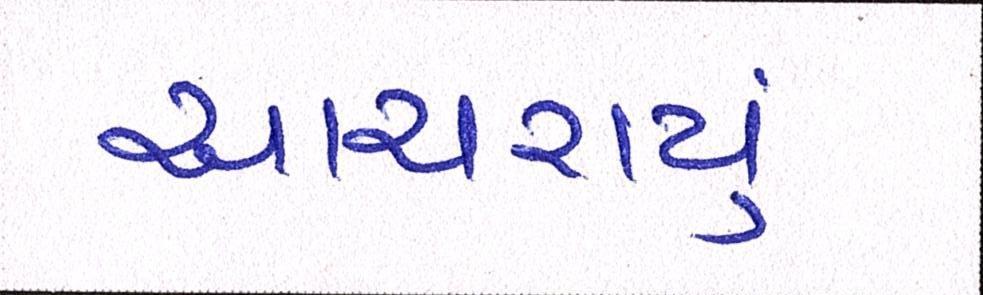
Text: આચરાયું